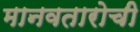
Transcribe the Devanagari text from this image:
मानवतारोची